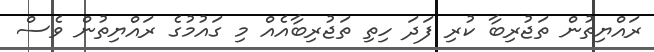
ރައްޔިތުން ތަޖުރިބާ ކުރި ފަދަ ހިތި ތަޖުރިބާއެއް މި ގައުމުގެ ރައްޔިތުން ވެސް